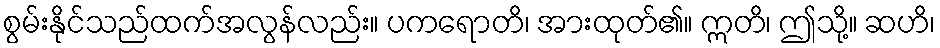
စွမ်းနိုင်သည်ထက်အလွန်လည်း။ ပကရောတိ၊ အားထုတ်၏။ ဣတိ၊ ဤသို့။ ဆဟိ၊